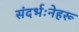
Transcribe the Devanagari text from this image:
संदर्भःनेहरू